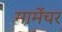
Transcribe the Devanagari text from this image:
मार्मेचर